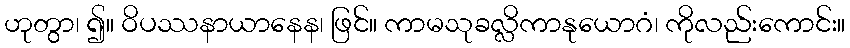
ဟုတွာ၊ ၍။ ဝိပဿနာယာနေန၊ ဖြင်။ ကာမသုခလ္လိကာနုယောဂံ၊ ကိုလည်းကောင်း။